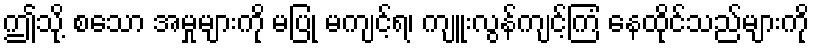
ဤသို့ စသော အမှုများကို မပြု မကျင့်ရ၊ ကျူးလွန်ကျင့်ကြံ နေထိုင်သည်များကို